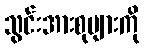
သွင်းအားစုများကို